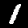
Digit: 1